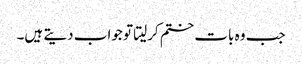
جب وہ بات ختم کرلیتا تو جواب دیتے ہیں۔